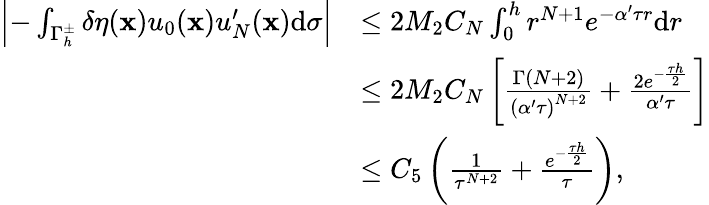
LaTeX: \begin{array}{rl}{\left|-\int_{{\Gamma_{h}^{\pm}}}\delta\eta(\mathbf x){{u_{0}}(\mathbf x)}u_{N}^{\prime}(\mathbf x)\mathrm d\sigma\right|}&{\leq 2M_{2}C_{N}\int_{0}^{h}{{r^{N+1}}{e^{-\alpha^{\prime}\tau r}}\mathrm dr}}\\ &{\leq 2M_{2}C_{N}\left[{\frac{\Gamma(N+2)}{{{(\alpha^{\prime}\tau)}^{N+2}}}}+{\frac{2{e^{-{\frac{\tau h}{2}}}}}{\alpha^{\prime}\tau}}\right]}\\ &{\leq{C_{5}}\left({\frac{1}{{\tau^{N+2}}}}+{\frac{{e^{-{\frac{\tau h}{2}}}}}{\tau}}\right),}\end{array}